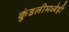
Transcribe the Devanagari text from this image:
कुंडलीमध्येही